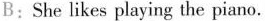
B:She likes playing the piano.